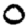
Digit: 0